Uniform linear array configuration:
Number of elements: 32
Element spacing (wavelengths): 0.25
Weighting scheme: cosine
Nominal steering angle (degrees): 45
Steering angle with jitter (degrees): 46.404
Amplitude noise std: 0.05
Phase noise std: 0.05

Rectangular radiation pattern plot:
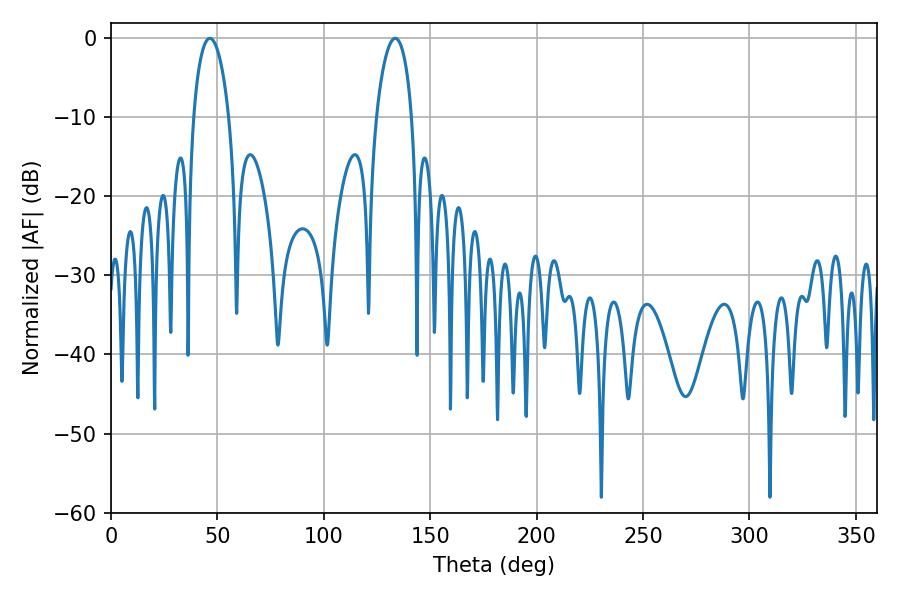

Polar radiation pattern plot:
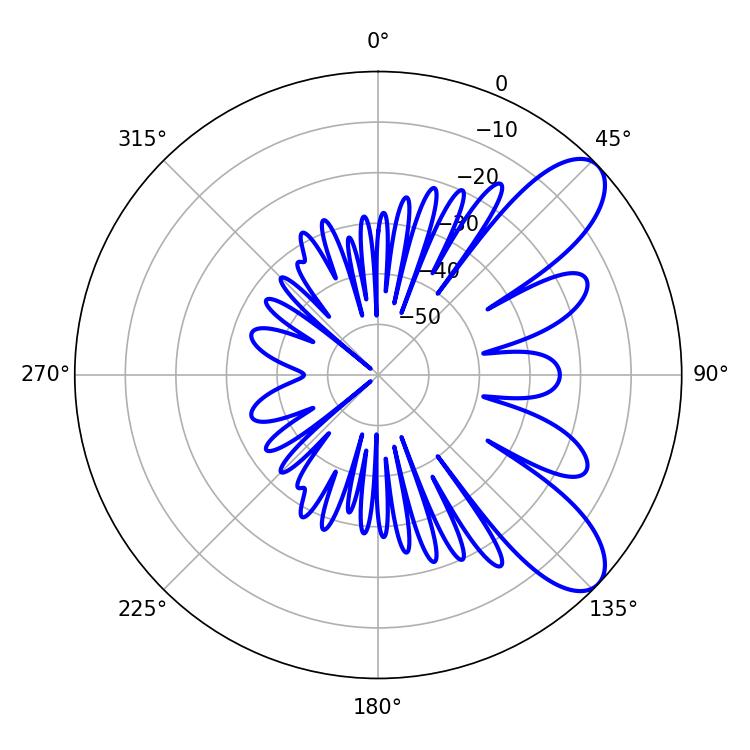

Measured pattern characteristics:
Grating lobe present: FALSE
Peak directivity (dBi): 8.776
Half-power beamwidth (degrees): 9.54
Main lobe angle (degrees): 46.44